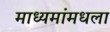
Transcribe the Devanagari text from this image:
माध्यमांमधला